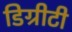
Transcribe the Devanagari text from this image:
डिग्रीटी